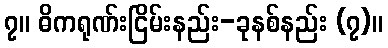
၇။ ဓိကရုဏ်းငြိမ်းနည်း-ခုနစ်နည်း (၇)။